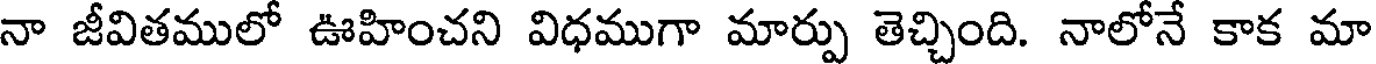
నా జీవితములో ఊహించని విధముగా మార్పు తెచ్చింది. నాలోనే కాక మా